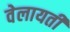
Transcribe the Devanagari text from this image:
वेलायती